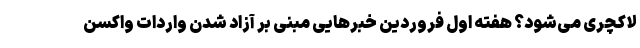
لاکچری می‌شود؟ هفته اول فروردین خبرهایی مبنی بر آزاد شدن واردات واکسن